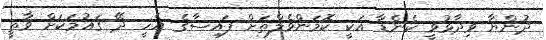
ދުންޔާ ވިދާޅުވީ ކެނެޑާ އަކީ ކޮމަންވެލްތަށް ފައިސާގެ އެހީ ދޭ ގައުމަކަށް ވާތީ